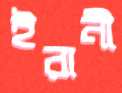
ইরানী